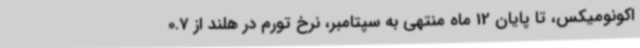
اکونومیکس، تا پایان 12 ماه منتهی به سپتامبر، نرخ تورم در هلند از 0.7